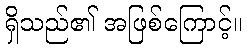
ရှိသည်၏ အဖြစ်ကြောင့်။